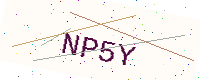
Text: NP5Y